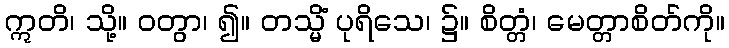
ဣတိ၊ သို့။ ဝတွာ၊ ၍။ တသ္မိံ ပုရိသေ၊ ၌။ စိတ္တံ၊ မေတ္တာစိတ်ကို။